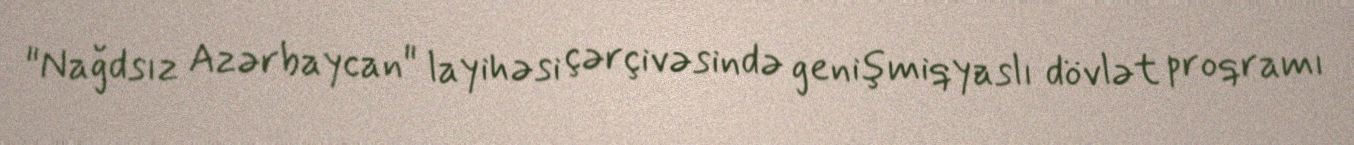
"Nağdsız Azərbaycan" layihəsi çərçivəsində genişmiqyaslı dövlət proqramı